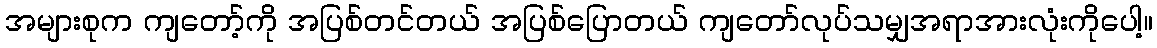
အများစုက ကျတော့်ကို အပြစ်တင်တယ် အပြစ်ပြောတယ် ကျတော်လုပ်သမျှအရာအားလုံးကိုပေါ့။